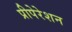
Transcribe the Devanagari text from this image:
प्रीपेरेशन